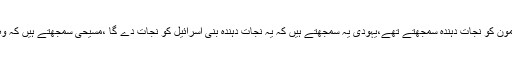
جس زرتشت مذہب میں نے سب سے پہلے نجات دہندہ کا تصور دیا وہ زرتشت تھا،فراعنہ آمون کو نجات دہندہ سمجھتے تھے،یہودی یہ سمجھتے ہیں کہ یہ نجات دہندہ بنی اسرائیل کو نجات دے گا ،مسیحی سمجھتے ہیں کہ وہ نجات دہند حضرت مسیحؑ تھے جنہوں نے انسانوں کے گناہوں کے لیے خود کو فدیہ کر دیا۔